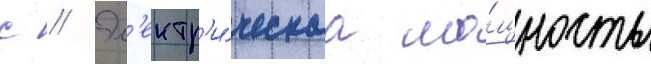
с // Эл'ектр'и́ческаа мо́щность